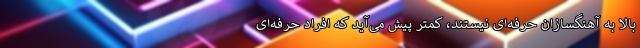
بالا به آهنگسازان حرفه‌ای نیستند، کمتر پیش می‌آید که افراد حرفه‌ای